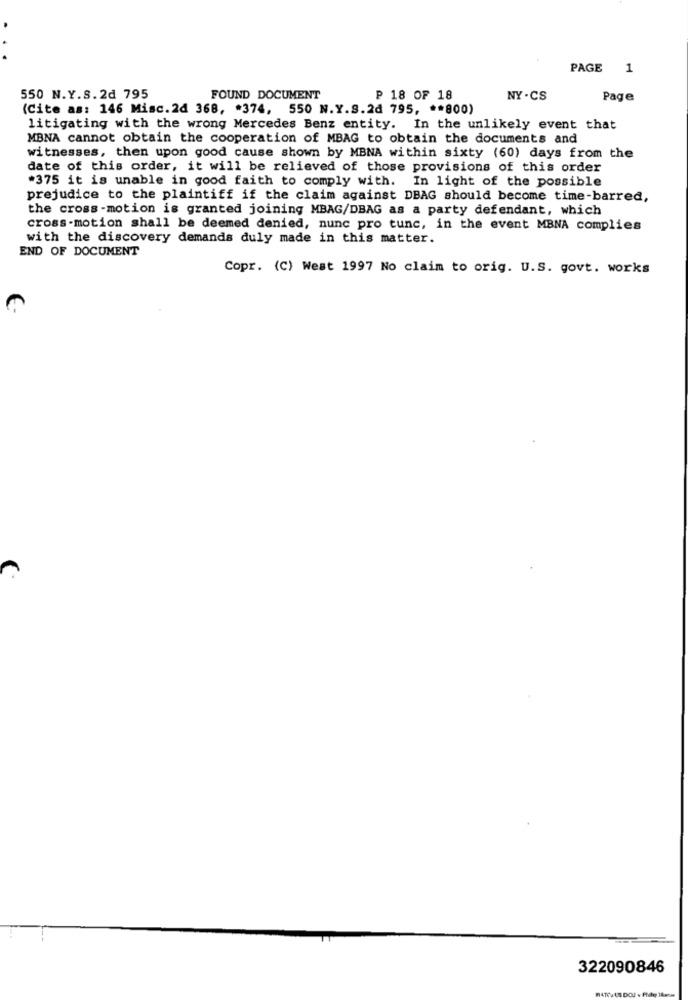
PAGE
550 N.Y.S.2d 795
FOUND DOCUMENT
₱ 18 OF 18
NY . CS
Page
(Cite as: 146 Misc.2d 368, 374, 550 N.Y.S.2d 795, ** 800)
litigating with the wrong Mercedes Benz entity. In the unlikely event that
MBNA cannot obtain the cooperation of MBAG to obtain the documents and
witnesses, then upon good cause shown by MBNA within sixty (60) days from the
date of this order, it will be relieved of those provisions of this order
#375 it is unable in good faith to comply with.
In light of the possible
prejudice to the plaintiff if the claim against DBAG should become time-barred,
the cross -motion is granted joining MBAG/DBAG as a party defendant, which
cross-motion shall be deemed denied, nunc pro tunc, in the event MBNA complies
with the discovery demands duly made in this matter.
END OF DOCUMENT
Copr. (C) West 1997 No claim to orig. U.S. govt. works
322090846